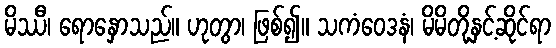
မိဿီ၊ ရောနှောသည်။ ဟုတွာ၊ ဖြစ်၍။ သကံဝေဒနံ၊ မိမိတို့နှင့်ဆိုင်ရာ